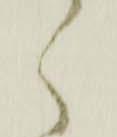
く